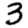
Digit: 3